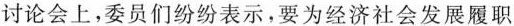
讨论会上，委员们纷纷表示，要为经济社会发展履职